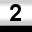
Digit: 2